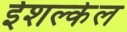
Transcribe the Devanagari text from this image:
ईशल्केल